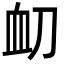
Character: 𮕝